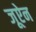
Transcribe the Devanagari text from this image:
जूऐन